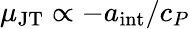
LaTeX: \mu_{\mathrm{JT}}\propto-a_{\mathrm{int}}/c_{P}